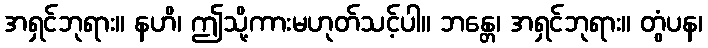
အရှင်ဘုရား။ နဟိ၊ ဤသို့ကားမဟုတ်သင့်ပါ။ ဘန္တေ၊ အရှင်ဘုရား။ တွံပန၊